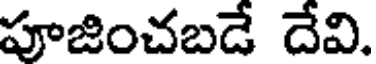
పూజించబడే దేవి.